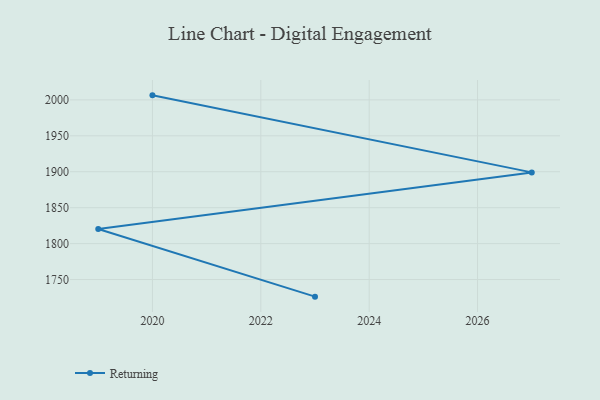
{"axis": {"x": "Year", "y": "Demand Index"}, "legend": ["Returning"], "data": [{"x": "2023", "y": 1726.2, "type": "Returning"}, {"x": "2019", "y": 1820.4, "type": "Returning"}, {"x": "2027", "y": 1899.1, "type": "Returning"}, {"x": "2020", "y": 2006.3, "type": "Returning"}]}